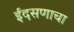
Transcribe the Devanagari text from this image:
ईदसणाचा